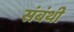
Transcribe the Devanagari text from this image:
संबंथी